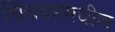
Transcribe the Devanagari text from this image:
चिंचवडमधील